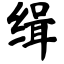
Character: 缉